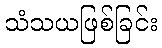
သံသယဖြစ်ခြင်း